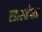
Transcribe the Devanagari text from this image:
रडारक्षेपात